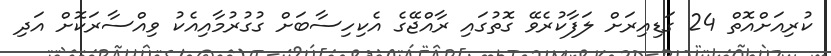
ކުރިއަށްއޮތް 24 ގަޑިއިރަށް ލަފާކުރެވޭ ގޮތުގައި ރާއްޖޭގެ އެކިހިސާބަށް ގުގުރުމާއިއެކު ވިއްސާރަކޮށް އަދި